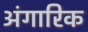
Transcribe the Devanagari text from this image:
अंगारिक